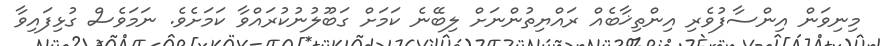
މިނިވަން އިންސާފުވެރި އިންތިޚާބެއް ރައްޔިތުންނަށް ލިބޭނެ ކަމަށް ގަބޫލުނުކުރައްވާ ކަމަށެވެ. ނަމަވެސް ގުޅިފައިވާ